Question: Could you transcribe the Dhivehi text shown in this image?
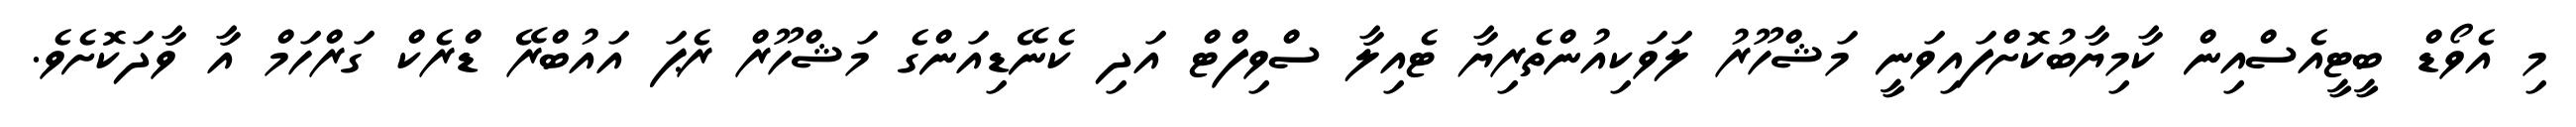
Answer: މި އެވޯޑް ބީޓީއެސްއިން ކާމިޔާބުކޮށްފައިވަނީ މަޝްހޫރު ލަވަކިއުންތެރިޔާ ޓެއިލާ ސްވިފްޓް އަދި ކެނޭޑިއަންގެ މަޝްހޫރް ރެޕަ އައުބްރޭ ޑްރެކް ގަރްހަމް އާ ވާދަކޮށެވެ.